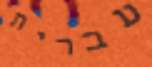
עברית